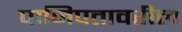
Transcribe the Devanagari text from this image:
पानिपतावरील